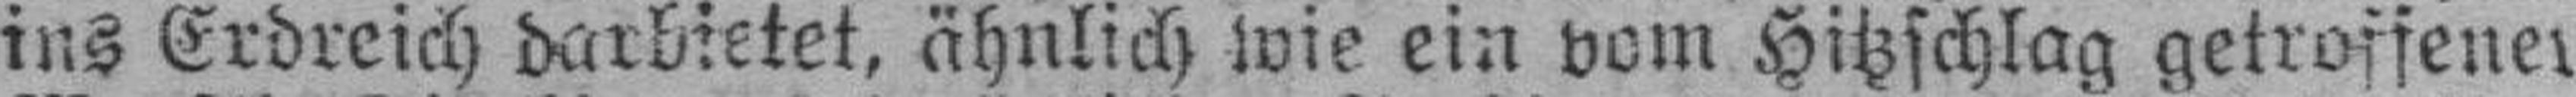
ins Erdreich darbietet, ähnlich wie ein vom Hitzschlag getroffener